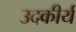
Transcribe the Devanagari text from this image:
उदकीर्य